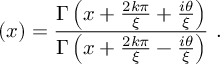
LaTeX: \left( x \right) = \frac { \Gamma \left( x + \frac { 2 k \pi } { \xi } + \frac { i \theta } { \xi } \right) } { \Gamma \left( x + \frac { 2 k \pi } { \xi } - \frac { i \theta } { \xi } \right) } \ .